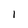
Character: 1